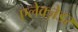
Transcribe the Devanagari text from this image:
एलेक्ज़ेडर